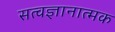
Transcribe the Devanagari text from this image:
सत्वज्ञानात्मक